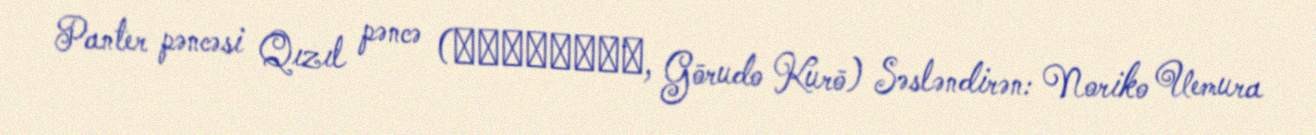
Panter pəncəsi Qızıl pəncə (ゴールド・クロー, Gōrudo Kurō) Səsləndirən: Noriko Uemura